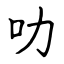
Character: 叻